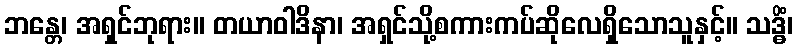
ဘန္တေ၊ အရှင်ဘုရား။ တယာဝါဒိနာ၊ အရှင်သို့စကားကပ်ဆိုလေရှိသောသူနှင့်။ သဒ္ဓိံ၊